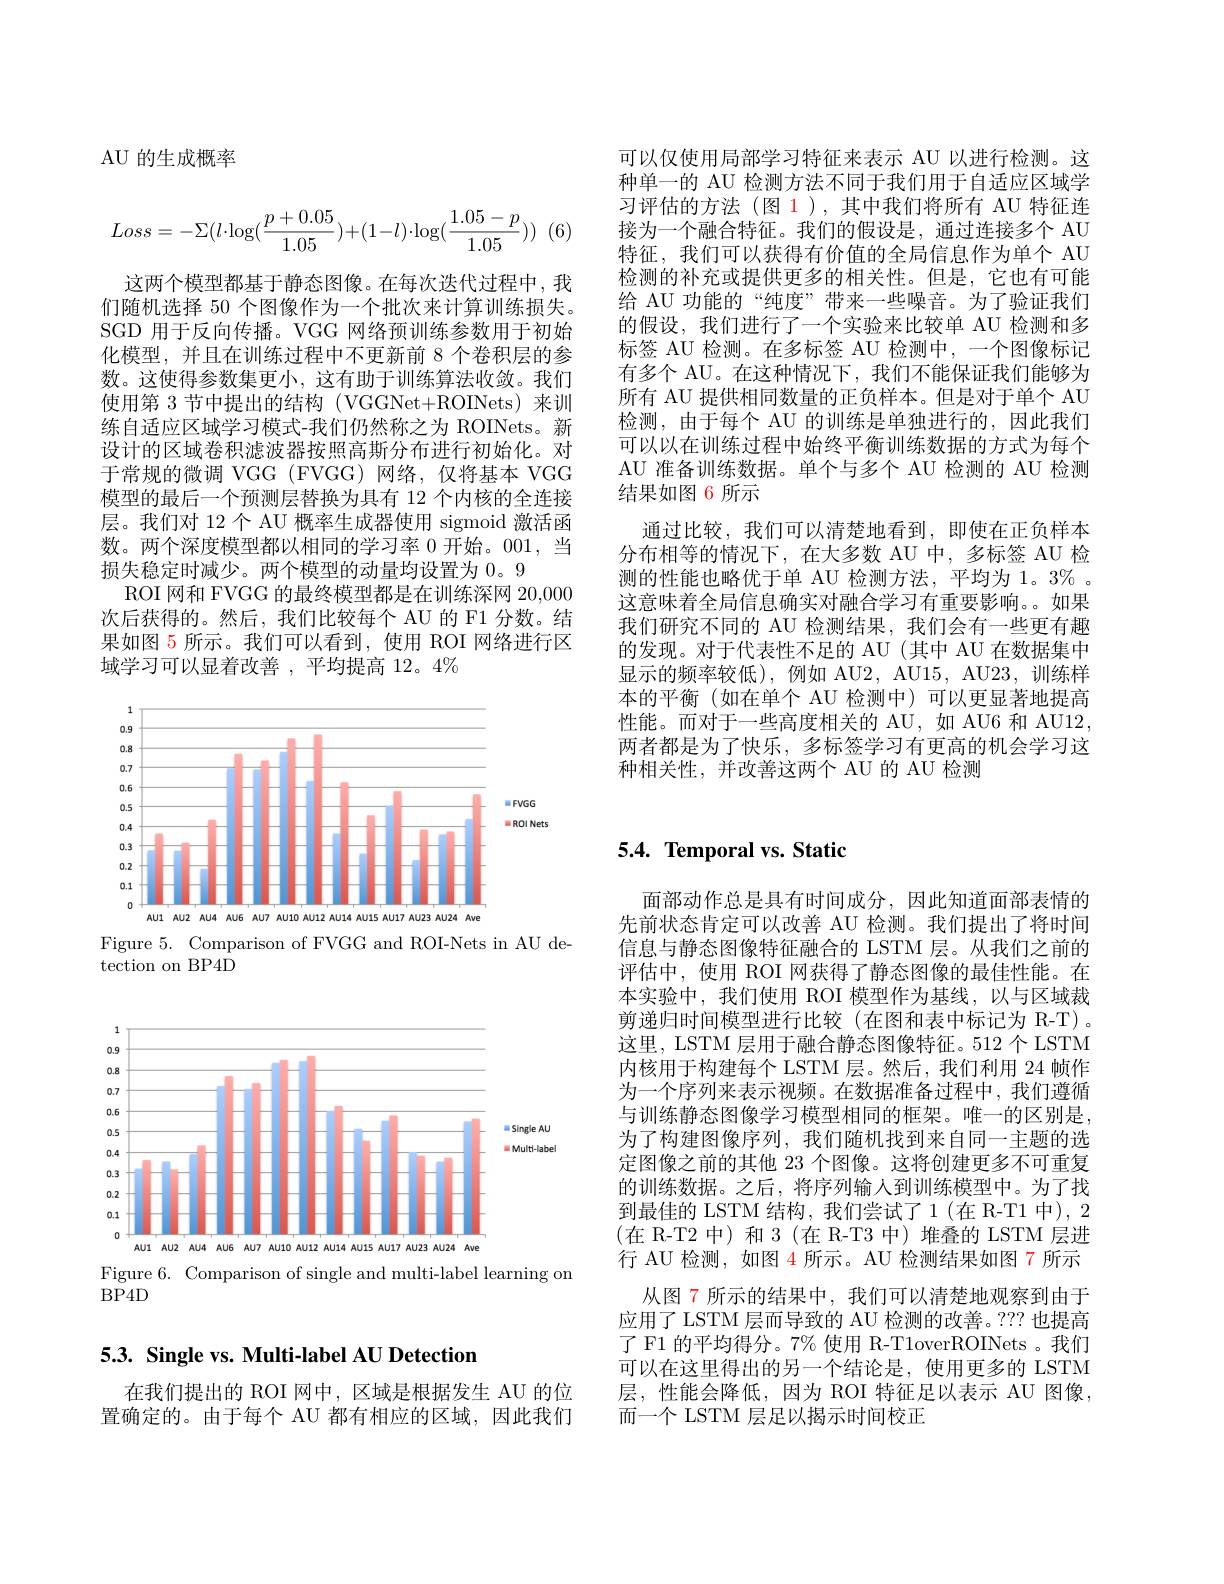
AU 的生成概率
$$Loss=-\Sigma(l\cdot\log(\frac{p+0.05}{1.05})+(1-l)\cdot\log(\frac{1.05-p}{1.05}))$$
这两个模型都基于静态图像。在每次迭代过程中，我们随机选择 50 个图像作为一个批次来计算训练损失。SGD 用于反向传播。VGG 网络预训练参数用于初始化模型，并且在训练过程中不更新前 8 个卷积层的参数。这使得参数集更小，这有助于训练算法收敛。我们使用第 3 节中提出的结构 (VGGNet+ROINets) 来训练自适应区域学习模式-我们仍然称之为 ROINets。新设计的区域卷积滤波器按照高斯分布进行初始化。对于常规的微调 VGG (FVGG)网络，仅将基本 VGG 模型的最后一个预测层替换为具有 12 个内核的全连接层。我们对 12 个 AU 概率生成器使用 sigmoid 激活函数。两个深度模型都以相同的学习率 0 开始。001,当损失稳定时减少。两个模型的动量均设置为 0。9
ROI 网和 FVGG 的最终模型都是在训练深网 20,000次后获得的。然后，我们比较每个 AU 的 F1 分数。结果如图 5 所示。我们可以看到，使用 ROI 网络进行区域学习可以显着改善 ,平均提高 12。4%

<FigureHere>

Figure 5. Comparison of FVGG and ROI-Nets in AU de-
tection on BP4D

<FigureHere>

Figure 6. Comparison of single and multi-label learning on
BP4D

# 5.3. Single vs. Multi-label AU Detection

在我们提出的 ROI 网中，区域是根据发生 AU 的位置确定的。由于每个 AU 都有相应的区域，因此我们

可以仅使用局部学习特征来表示 AU 以进行检测。这种单一的 AU 检测方法不同于我们用于自适应区域学习评估的方法(图 1),其中我们将所有 AU 特征连接为一个融合特征。我们的假设是，通过连接多个 AU 特征，我们可以获得有价值的全局信息作为单个 AU 检测的补充或提供更多的相关性。但是，它也有可能给 AU 功能的“纯度”带来一些噪音。为了验证我们的假设，我们进行了一个实验来比较单 AU 检测和多标签 AU 检测。在多标签 AU 检测中，一个图像标记有多个 AU。在这种情况下，我们不能保证我们能够为所有 AU 提供相同数量的正负样本。但是对于单个 AU 检测，由于每个 AU 的训练是单独进行的，因此我们可以以在训练过程中始终平衡训练数据的方式为每个AU 准备训练数据。单个与多个 AU 检测的 AU 检测结果如图 6 所示
通过比较，我们可以清楚地看到，即使在正负样本分布相等的情况下，在大多数 AU 中，多标签 AU 检测的性能也略优于单 AU 检测方法，平均为 1。3% 。这意味着全局信息确实对融合学习有重要影响。。如果我们研究不同的 AU 检测结果，我们会有一些更有趣的发现。对于代表性不足的 AU(其中 AU 在数据集中显示的频率较低),例如 AU2, AU15, AU23, 训练样本的平衡(如在单个 AU 检测中)可以更显著地提高性能。而对于一些高度相关的 AU, 如 AU6 和 AU12, 两者都是为了快乐，多标签学习有更高的机会学习这种相关性，并改善这两个 AU 的 AU 检测

# $5. 4. \textbf{Temporal vs. Static}$

面部动作总是具有时间成分，因此知道面部表情的先前状态肯定可以改善 AU 检测。我们提出了将时间信息与静态图像特征融合的 LSTM 层。从我们之前的评估中，使用 ROI 网获得了静态图像的最佳性能。在本实验中，我们使用 ROI 模型作为基线，以与区域裁剪递归时间模型进行比较(在图和表中标记为 R-T)。这里，LSTM 层用于融合静态图像特征。512 个 LSTM 内核用于构建每个 LSTM 层。然后，我们利用 24 帧作为一个序列来表示视频。在数据准备过程中，我们遵循与训练静态图像学习模型相同的框架。唯一的区别是， 为了构建图像序列，我们随机找到来自同一主题的选定图像之前的其他 23 个图像。这将创建更多不可重复的训练数据。之后，将序列输人到训练模型中。为了找到最佳的 LSTM 结构，我们尝试了1(在 R-T1 中), 2 (在 R-T2 中)和 3(在 R-T3 中)堆叠的 LSTM 层进行 AU 检测，如图 4 所示。AU 检测结果如图 7 所示
从图 7 所示的结果中，我们可以清楚地观察到由于应用了 LSTM 层而导致的 AU 检测的改善。??? 也提高了 F1 的平均得分。7% 使用 R-T1overROINets 。我们可以在这里得出的另一个结论是，使用更多的 LSTM 层，性能会降低，因为 ROI 特征足以表示 AU 图像， 而一个 LSTM 层足以揭示时间校正